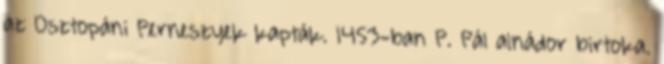
az Osztopáni Perneszyek kapták. 1453-ban P. Pál alnádor birtoka.